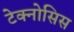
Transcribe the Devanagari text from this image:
टेक्नोसिस